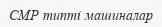
СМР типті машиналар